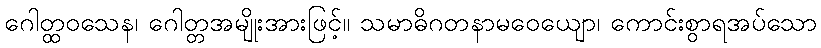
ဂေါတ္ထဝသေန၊ ဂေါတ္တအမျိုးအားဖြင့်။ သမာဓိဂတနာမဝေယျော၊ ကောင်းစွာရအပ်သော